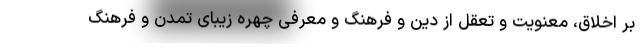
بر اخلاق، معنویت و تعقل از دین و فرهنگ و معرفی چهره زیبای تمدن و فرهنگ